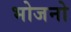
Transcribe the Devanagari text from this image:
भोजनो